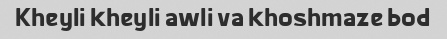
Kheyli kheyli awli va khoshmaze bod